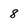
Character: 8